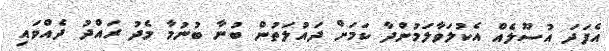
އެފަދަ އުސޫލެއް އެކުލަވާލަމުންދާ ކަމަށް ދައުލަތުން ބުނާ ބުނުމާ މެދު ރައްދު ދެއްވައި